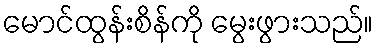
မောင်ထွန်းစိန်ကို မွေးဖွားသည်။